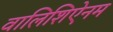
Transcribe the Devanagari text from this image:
वालिशिऐनम